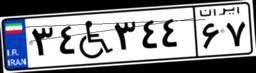
۳۴W۳۴۴۶۷